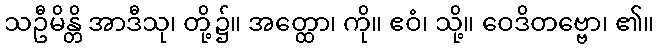
သဦမိန္တိ အာဒီသု၊ တို့၌။ အတ္ထော၊ ကို။ ဧဝံ၊ သို့။ ဝေဒိတဗ္ဗော၊ ၏။